Insane asylums Bombay 1873-77 - 1873-1877
Year: 1873
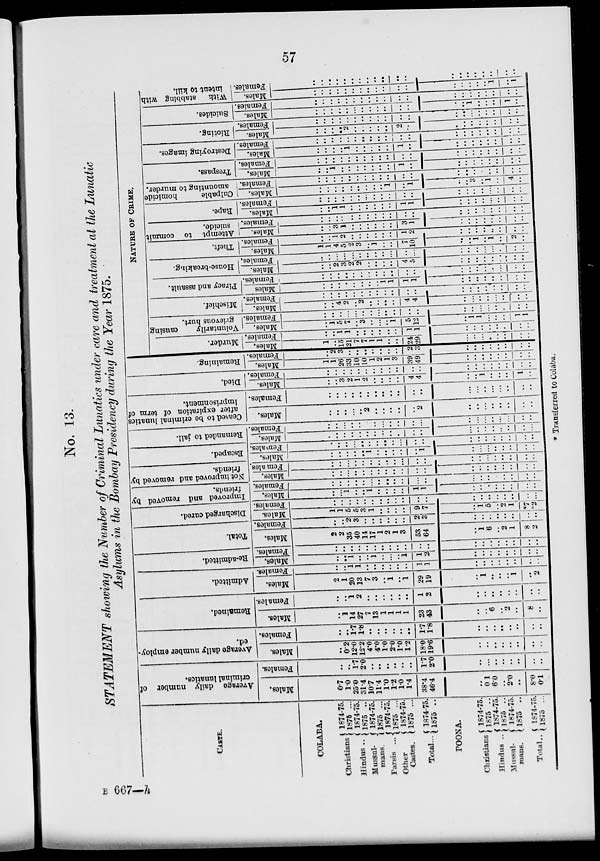
57
No. 13.
STATEMENT showing the Number of Criminal Lunatics under care and treatment at the Lunatic
Asylums in the Bombay Presidency during the Year 1875.
CASTE.
COLABA.
Christians
Hindus ..
Mussul-
mans.
Parsis
Other
Castes.
Total...
1874-75.
1875 ...
1874-75.
1875 ..
1874-75.
1875 ...
1874-75.
1875 ...
1874-75.
1875 ...
1874-75.
1875 ..
POONA.
Christians
Hindus ..
Mussul-
mans.
Total..
1874-75.
1875 ..
1874-75.
1875 ..
1874-75.
1875 ..
1874-75.
1875 ...
Average daily number of
criminal lunatics.
Males.
0.7
1.0
25.0
31.4
10.7
11.4
1.0
1.2
1.0
1.4
38.4
46.4
..
0 1
6.0
..
2.0
..
8.0
0.1
Females.
..
..
1.7
2.0
..
..
..
..
..
..
1.7
2.0
..
...
..
..
..
..
..
..
Average daily number employ-
ed.
Males.
..
0.2
12.0
12.2
4.0
4.0
10
20
1.0
12
18.0
19.6
..
..
..
..
..
..
..
..
Females.
..
..
1.7
1.8
..
..
..
..
..
..
1.7
1.8
..
..
..
..
..
..
..
..
Remained.
Males.
..
1
14
27
7
13
1
1
1
1
23
43
..
..
6
..
2
..
8
..
Females.
..
..
1
2
..
..
..
..
..
..
1
2
..
..
..
..
..
..
..
..
Admitted.
Males.
2
1
20
13
7
3
..
1
..
1
29
19
..
1
..
..
..
1
..
2
Females.
..
..
1
1
..
..
..
..
..
..
1
1
..
..
..
..
..
..
..
..
Re-admitted.
Males.
..
..
1
..
..
1
..
..
..
1
1
2
..
..
..
..
..
..
..
..
Females.
..
..
..
..
..
..
..
..
..
..
..
..
..
..
..
..
..
..
..
..
Total.
Males.
2
2
35
40
14
17
1
2
1
3
53
64
..
1
6
..
2
1
8
2
Females.
..
..
2
3
..
..
..
..
..
..
2
3
..
..
..
..
..
..
..
..
Discharged cured.
Males.
1
1
5
5
3
1
..
..
..
..
9
7
..
1
5
..
2
1
*7
*2
Females.
..
..
..
..
..
..
..
..
..
..
..
..
..
..
..
..
..
..
..
...
Improved and removed by
friends.
Males.
..
..
1
..
..
1
..
..
..
..
1
1
..
..
..
..
..
..
..
..
Females.
..
..
..
..
..
...
..
..
..
..
..
..
..
..
..
..
..
..
..
..
Not improved and removed by
friends.
Males.
..
..
...
..
..
..
..
..
..
..
..
..
..
..
..
..
..
..
..
..
Females.
..
..
..
..
..
..
..
..
..
..
..
..
..
..
..
..
..
..
..
..
Escaped.
Males.
..
..
..
..
..
1
..
..
..
..
..
1
..
..
..
..
..
..
..
..
Females.
..
..
..
..
..
..
..
..
..
..
..
..
..
..
..
..
..
..
..
..
Remanded to jail.
Males.
..
..
..
..
..
..
..
...
..
..
..
..
..
..
..
..
..
..
..
..
Females.
..
..
...
..
..
..
..
...
..
..
..
...
..
...
...
..
..
..
..
..
Ceased to be criminal lunatics
after expiration of term of
imprisonment.
Males.
..
..
..
..
..
2
..
..
..
..
..
2
..
..
..
..
..
..
..
..
Females.
..
..
..
..
..
..
..
..
..
..
..
..
..
..
..
..
..
..
..
..
Died.
Males.
..
..
3
2
1
2
..
..
..
..
4
4
..
..
1
..
..
..
1
..
Females.
..
..
..
..
..
..
..
..
..
..
..
..
..
..
..
..
..
..
..
..
Remaining.
Males.
..
1
26
33
10
10
1
2
1
3
39
49
..
..
..
..
..
..
..
..
Females.
..
2
3
..
..
..
..
..
..
..
2
3
..
..
..
..
..
..
..
..
NATURE OF CRIME.
Murder.
Males.
1
..
15
21
7
7
1
1
..
..
24
29
..
..
..
..
..
..
..
..
Females.
..
..
1
1
..
..
..
..
..
..
1
1
..
..
..
..
..
..
..
..
Voluntarily
causing
grievous hurt.
Males.
..
1
5
7
..
3
..
..
..
1
5
12
..
1
1
..
..
..
1
1
Females.
..
..
..
..
..
..
..
..
..
..
..
..
..
..
..
..
..
..
..
..
Mischief.
Males.
..
..
4
2
..
2
..
..
..
..
4
4
..
..
..
..
..
..
..
..
Females.
..
..
..
..
..
..
..
..
..
..
..
..
..
..
..
..
..
..
..
..
Piracy and assault.
Males
..
..
..
..
..
..
..
..
1
1
1
1
..
..
..
..
..
..
..
..
Females.
..
..
..
..
..
..
..
..
..
..
..
..
..
..
..
..
..
..
..
..
House-breaking.
Males.
..
..
2
3
2
..
..
..
..
..
..
5
..
..
..
..
..
..
..
..
Females.
..
..
...
...
..
..
..
..
..
..
..
...
..
..
..
..
..
..
..
..
Theft.
Males.
1
1
4
5
2
..
..
1
..
..
7
10
..
..
1
..
1
..
..
..
Females.
..
..
1
2
..
..
..
..
..
..
1
2
..
..
..
..
..
..
..
..
Attempt to commit
suicide.
Males.
..
..
3
1
..
..
..
..
..
..
3
1
..
..
..
..
..
..
..
..
Females.
..
..
..
..
..
..
..
..
..
..
..
..
..
..
..
..
..
..
..
..
Rape.
Males.
..
..
1
1
..
..
..
..
..
..
1
1
..
..
..
..
..
..
..
..
Females.
..
..
..
..
..
..
..
..
..
..
..
..
..
..
..
..
..
..
..
..
Culpable
homicide
amounting to murder.
Males.
..
..
..
..
..
..
..
..
..
1
..
1
..
..
3
..
1
..
4
..
Females.
..
..
..
..
..
..
..
..
..
..
..
..
..
..
..
..
..
..
..
..
Trespass.
Males.
..
..
1
..
..
..
..
..
..
..
1
..
..
..
..
..
..
..
..
..
Females.
..
..
..
..
..
..
..
..
..
..
..
..
..
..
..
..
..
..
..
..
Destroying images.
Males.
..
..
..
..
1
..
..
..
..
..
1
..
..
..
..
..
..
..
..
..
Females.
..
..
..
..
..
..
..
..
..
..
..
..
..
..
..
..
..
..
..
..
Rioting.
Males.
..
..
..
..
2
..
..
..
..
..
2
..
..
..
..
..
..
..
..
..
Females.
..
..
..
..
..
..
..
..
..
..
..
..
..
..
...
..
..
..
..
..
Suicides.
Males.
..
..
..
..
..
..
..
..
..
..
..
..
..
..
1
..
..
..
1
..
Females.
..
..
..
..
..
..
..
..
..
..
..
..
..
..
..
..
..
..
..
..
With
stabbing with
intent to kill.
Males.
..
..
..
..
..
..
..
..
..
..
..
..
..
..
..
..
..
1
..
1
Females.
..
..
..
..
..
..
..
..
..
..
..
..
..
..
..
..
..
..
..
..
B 667—h
* Transferred to Colaba.